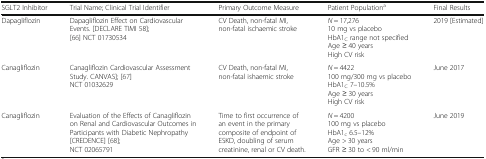
| SGLT2 Inhibitor | Trial Name; Clinical Trial Identifier | Primary Outcome Measure | Patient Populationa | Final Results |
 | --- | --- | --- | --- | --- |
 | Dapagliflozin | Dapagliflozin Effect on Cardiovascular Events. [DECLARE TIMI 58]; [66] NCT 01730534 | CV Death, non-fatal MI, non-fatal ischaemic stroke | N = 17,27610 mg vs placeboHbA1C range not specifiedAge ≥ 40 yearsHigh CV risk | 2019 [Estimated] |
 | Canagliflozin | Canagliflozin Cardiovascular Assessment Study. CANVAS]; [67]NCT 01032629 | CV Death, non-fatal MI, non-fatal ishaemic stroke | N = 4422100 mg/300 mg vs placeboHbA1C 7–10.5%Age ≥ 30 yearsHigh CV risk | June 2017 |
 | Canagliflozin | Evaluation of the Effects of Canagliflozin on Renal and Cardiovascular Outcomes in Participants with Diabetic Nephropathy [CREDENCE] [68];NCT 02065791 | Time to first occurrence of an event in the primary composite of endpoint of ESKD, doubling of serum creatinine, renal or CV death. | N = 4200100 mg vs placeboHbA1c 6.5–12%Age > 30 yearsGFR ≥ 30 to < 90 ml/min | June 2019 |